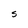
Character: S